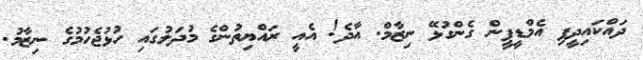
ދައްކައިދީފި އެމްޑީޕީން ގެންގުޅޭ ނިޒާމް. އާދެ! އެއީ ރައްޔިތުންގެ މުދަލުގައި ހުޅުޖެހުމުގެ ނިޒާމު.